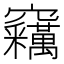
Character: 𱷢